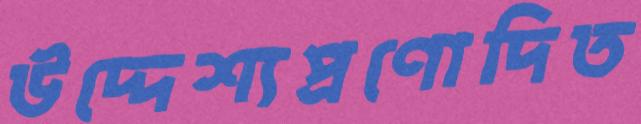
উদ্দেশ্যপ্রণোদিত